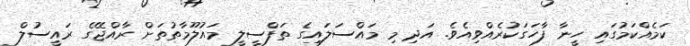
ކަމެއްކަމުގައި ހީނާ ފާހަގަކުރެއްވިއެވެ. އަދި މި މައްސަލައިގެ ތަފްސީލީ މައުލޫމާތުތަށް ރާއްޖޭގެ ރައީސުލް